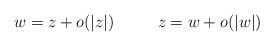
LaTeX: \begin{align*}w=z+o(|z|)\ \ \ \ \ \ \ \ z=w+o(|w|)\end{align*}